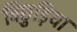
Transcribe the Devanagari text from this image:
बिछुड़िया